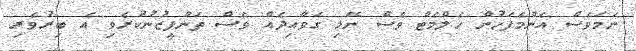
ނަމަވެސް އެންމެފަހުން ހެލްމެޓް ވެސް ނޭޅި ގަވާއިދެއް ވެސް ތަންފީޒުނުކުރެވި އެ ބިރުވެރި